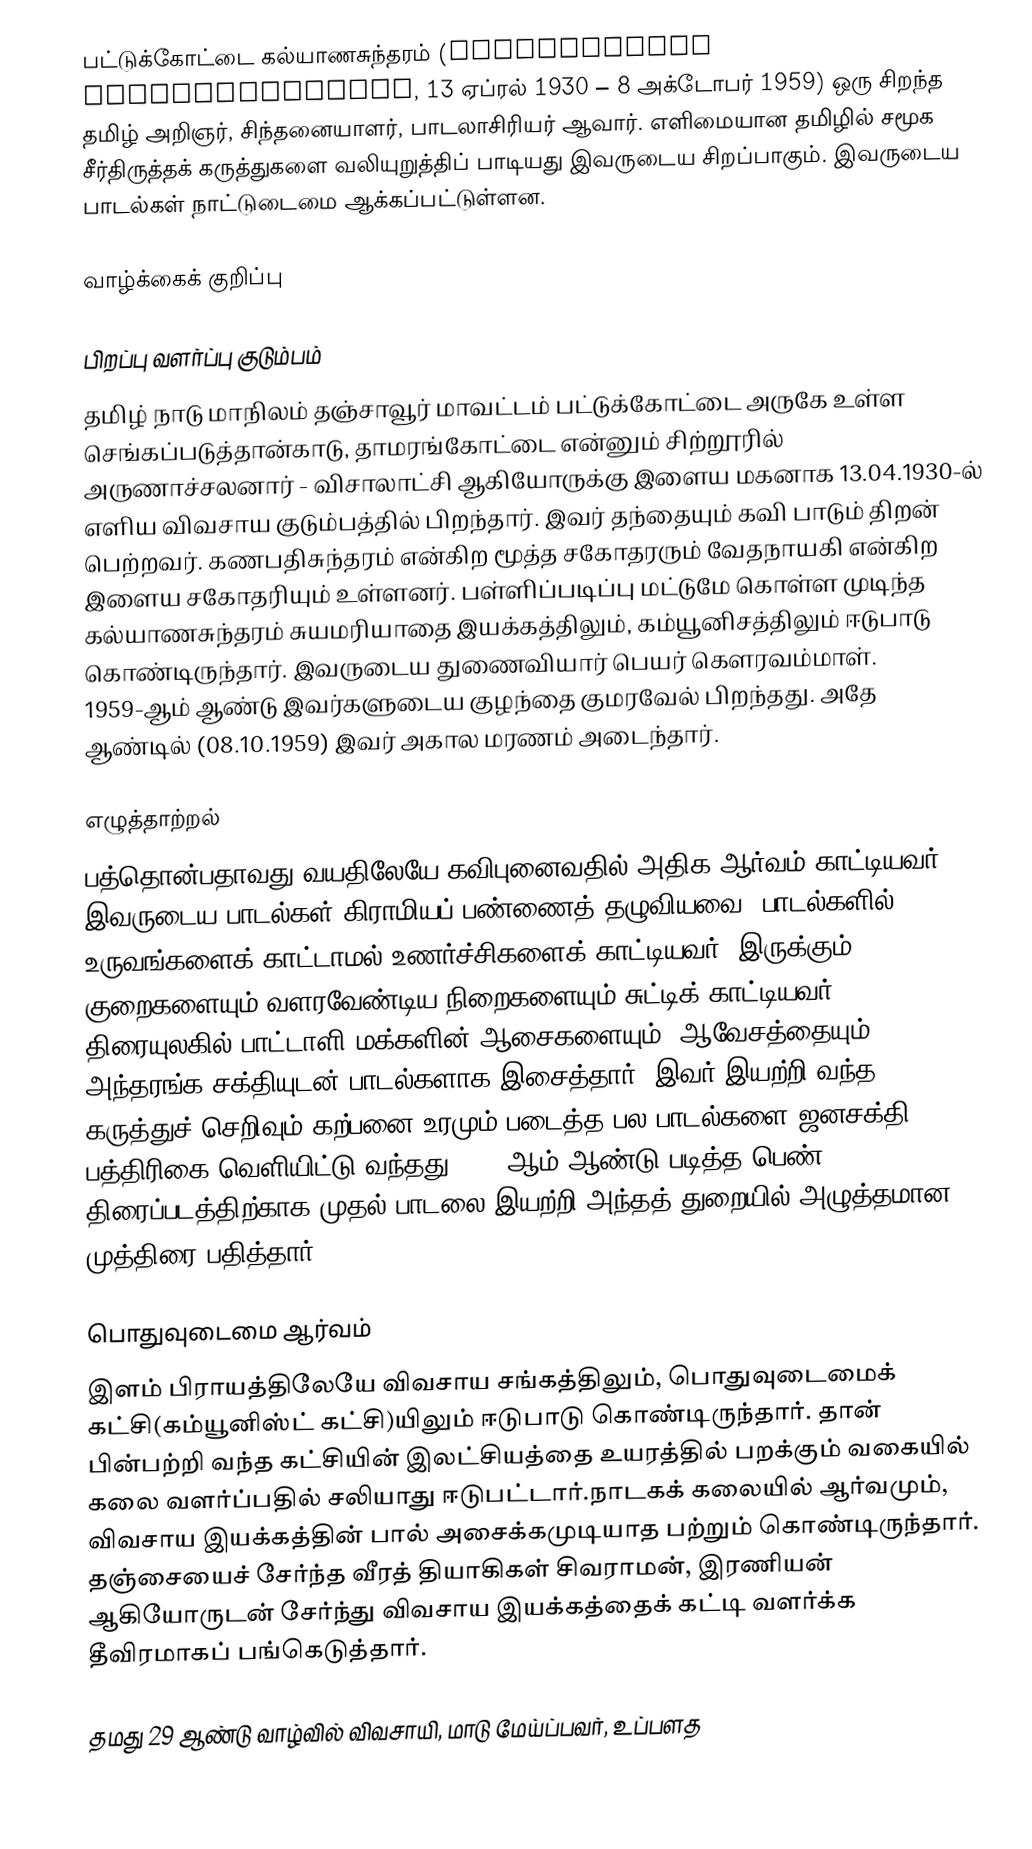
பட்டுக்கோட்டை கல்யாணசுந்தரம் (Pattukkottai Kalyanasundaram, 13 ஏப்ரல் 1930 – 8 அக்டோபர் 1959) ஒரு சிறந்த தமிழ் அறிஞர், சிந்தனையாளர், பாடலாசிரியர் ஆவார். எளிமையான தமிழில் சமூக சீர்திருத்தக் கருத்துகளை வலியுறுத்திப் பாடியது இவருடைய சிறப்பாகும். இவருடைய பாடல்கள் நாட்டுடைமை ஆக்கப்பட்டுள்ளன.

வாழ்க்கைக் குறிப்பு

பிறப்பு வளர்ப்பு குடும்பம்
தமிழ் நாடு மாநிலம் தஞ்சாவூர் மாவட்டம் பட்டுக்கோட்டை அருகே உள்ள செங்கப்படுத்தான்காடு, தாமரங்கோட்டை என்னும் சிற்றூரில் அருணாச்சலனார் - விசாலாட்சி ஆகியோருக்கு இளைய மகனாக 13.04.1930-ல் எளிய விவசாய குடும்பத்தில் பிறந்தார். இவர் தந்தையும் கவி பாடும் திறன் பெற்றவர். கணபதிசுந்தரம் என்கிற மூத்த சகோதரரும் வேதநாயகி என்கிற இளைய சகோதரியும் உள்ளனர். பள்ளிப்படிப்பு மட்டுமே கொள்ள முடிந்த கல்யாணசுந்தரம் சுயமரியாதை இயக்கத்திலும், கம்யூனிசத்திலும் ஈடுபாடு கொண்டிருந்தார். இவருடைய துணைவியார் பெயர் கௌரவம்மாள். 1959-ஆம் ஆண்டு இவர்களுடைய குழந்தை குமரவேல் பிறந்தது. அதே ஆண்டில் (08.10.1959) இவர் அகால மரணம் அடைந்தார்.

எழுத்தாற்றல்
பத்தொன்பதாவது வயதிலேயே கவிபுனைவதில் அதிக ஆர்வம் காட்டியவர். இவருடைய பாடல்கள் கிராமியப் பண்ணைத் தழுவியவை.  பாடல்களில் உருவங்களைக் காட்டாமல் உணர்ச்சிகளைக் காட்டியவர். இருக்கும் குறைகளையும் வளரவேண்டிய நிறைகளையும் சுட்டிக் காட்டியவர். திரையுலகில் பாட்டாளி மக்களின் ஆசைகளையும், ஆவேசத்தையும், அந்தரங்க சக்தியுடன் பாடல்களாக இசைத்தார். இவர் இயற்றி வந்த கருத்துச் செறிவும் கற்பனை உரமும் படைத்த பல பாடல்களை ஜனசக்தி பத்திரிகை வெளியிட்டு வந்தது. 1954ஆம் ஆண்டு படித்த பெண் திரைப்படத்திற்காக முதல் பாடலை இயற்றி அந்தத் துறையில் அழுத்தமான முத்திரை பதித்தார்.

பொதுவுடைமை ஆர்வம்
இளம் பிராயத்திலேயே   விவசாய சங்கத்திலும், பொதுவுடைமைக் கட்சி(கம்யூனிஸ்ட் கட்சி)யிலும் ஈடுபாடு கொண்டிருந்தார். தான் பின்பற்றி வந்த கட்சியின் இலட்சியத்தை உயரத்தில் பறக்கும் வகையில் கலை வளர்ப்பதில் சலியாது ஈடுபட்டார்.நாடகக் கலையில் ஆர்வமும், விவசாய இயக்கத்தின் பால் அசைக்கமுடியாத பற்றும் கொண்டிருந்தார். தஞ்சையைச் சேர்ந்த வீரத் தியாகிகள் சிவராமன், இரணியன் ஆகியோருடன் சேர்ந்து விவசாய இயக்கத்தைக் கட்டி வளர்க்க தீவிரமாகப் பங்கெடுத்தார்.

தமது 29 ஆண்டு வாழ்வில் விவசாயி, மாடு மேய்ப்பவர், உப்பளத